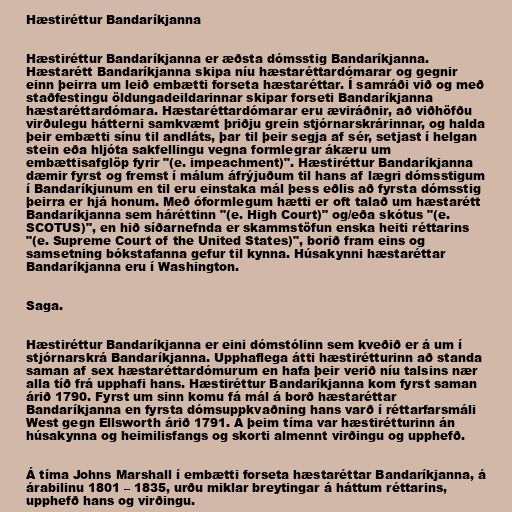
Hæstiréttur Bandaríkjanna

Hæstiréttur Bandaríkjanna er æðsta dómsstig Bandaríkjanna.
Hæstarétt Bandaríkjanna skipa níu hæstaréttardómarar og gegnir
einn þeirra um leið embætti forseta hæstaréttar. Í samráði við og með
staðfestingu öldungadeildarinnar skipar forseti Bandaríkjanna
hæstaréttardómara. Hæstaréttardómarar eru æviráðnir, að viðhöfðu
virðulegu hátterni samkvæmt þriðju grein stjórnarskrárinnar, og halda
þeir embætti sínu til andláts, þar til þeir segja af sér, setjast í helgan
stein eða hljóta sakfellingu vegna formlegrar ákæru um
embættisafglöp fyrir "(e. impeachment)". Hæstiréttur Bandaríkjanna
dæmir fyrst og fremst í málum áfrýjuðum til hans af lægri dómsstigum
í Bandaríkjunum en til eru einstaka mál þess eðlis að fyrsta dómsstig
þeirra er hjá honum. Með óformlegum hætti er oft talað um hæstarétt
Bandaríkjanna sem háréttinn "(e. High Court)" og/eða skótus "(e.
SCOTUS)", en hið síðarnefnda er skammstöfun enska heiti réttarins
"(e. Supreme Court of the United States)", borið fram eins og
samsetning bókstafanna gefur til kynna. Húsakynni hæstaréttar
Bandaríkjanna eru í Washington.

Saga.

Hæstiréttur Bandaríkjanna er eini dómstólinn sem kveðið er á um í
stjórnarskrá Bandaríkjanna. Upphaflega átti hæstirétturinn að standa
saman af sex hæstaréttardómurum en hafa þeir verið níu talsins nær
alla tíð frá upphafi hans. Hæstiréttur Bandaríkjanna kom fyrst saman
árið 1790. Fyrst um sinn komu fá mál á borð hæstaréttar
Bandaríkjanna en fyrsta dómsuppkvaðning hans varð í réttarfarsmáli
West gegn Ellsworth árið 1791. Á þeim tíma var hæstirétturinn án
húsakynna og heimilisfangs og skorti almennt virðingu og upphefð.

Á tíma Johns Marshall í embætti forseta hæstaréttar Bandaríkjanna, á
árabilinu 1801 – 1835, urðu miklar breytingar á háttum réttarins,
upphefð hans og virðingu.